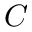
C